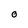
Character: O